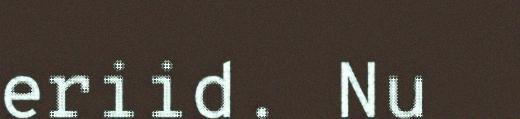
eriid. Nu